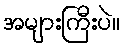
အများကြီးပဲ။